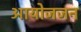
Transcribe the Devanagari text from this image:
आयोजजन